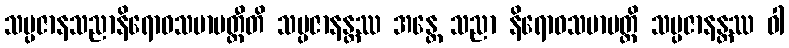
သမ္ပဇာနသညာနိရောဓသမာပတ္တီတိ သမ္ပဇာနန္တဿ အန္တေ သညာ နိရောဓသမာပတ္တိ သမ္ပဇာနန္တဿ ဝါ